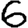
Digit: 6